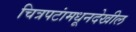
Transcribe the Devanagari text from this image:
चित्रपटांमधूनदेखील